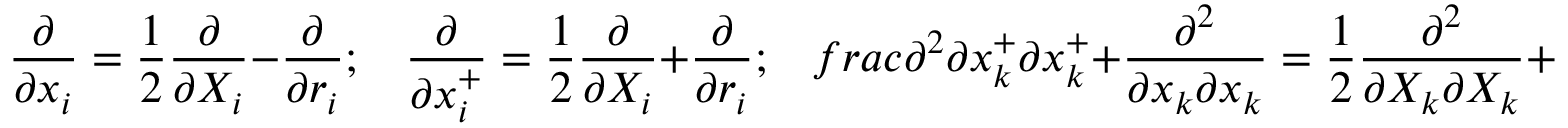
\frac { \partial } { \partial x _ { i } } = \frac { 1 } { 2 } \frac { \partial } { \partial X _ { i } } - \frac { \partial } { \partial r _ { i } } ; \ \ \ \ \frac { \partial } { \partial x _ { i } ^ { + } } = \frac { 1 } { 2 } \frac { \partial } { \partial X _ { i } } + \frac { \partial } { \partial r _ { i } } ; \ \ \ \, f r a c { \partial ^ { 2 } } { \partial x _ { k } ^ { + } \partial x _ { k } ^ { + } } + \frac { \partial ^ { 2 } } { \partial x _ { k } \partial x _ { k } } = \frac { 1 } { 2 } \frac { \partial ^ { 2 } } { \partial X _ { k } \partial X _ { k } } + 2 \frac { \partial ^ { 2 } } { \partial r _ { k } \partial r _ { k } }